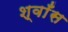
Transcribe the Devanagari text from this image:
श्वाँस